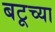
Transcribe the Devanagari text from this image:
बटूच्या